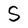
Character: S